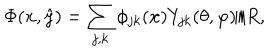
\Phi ( { \bf x } , \hat { y } ) = \sum _ { j , k } \phi _ { j k } ( { \bf x } ) Y _ { j k } ( \theta , \varphi ) / R ,